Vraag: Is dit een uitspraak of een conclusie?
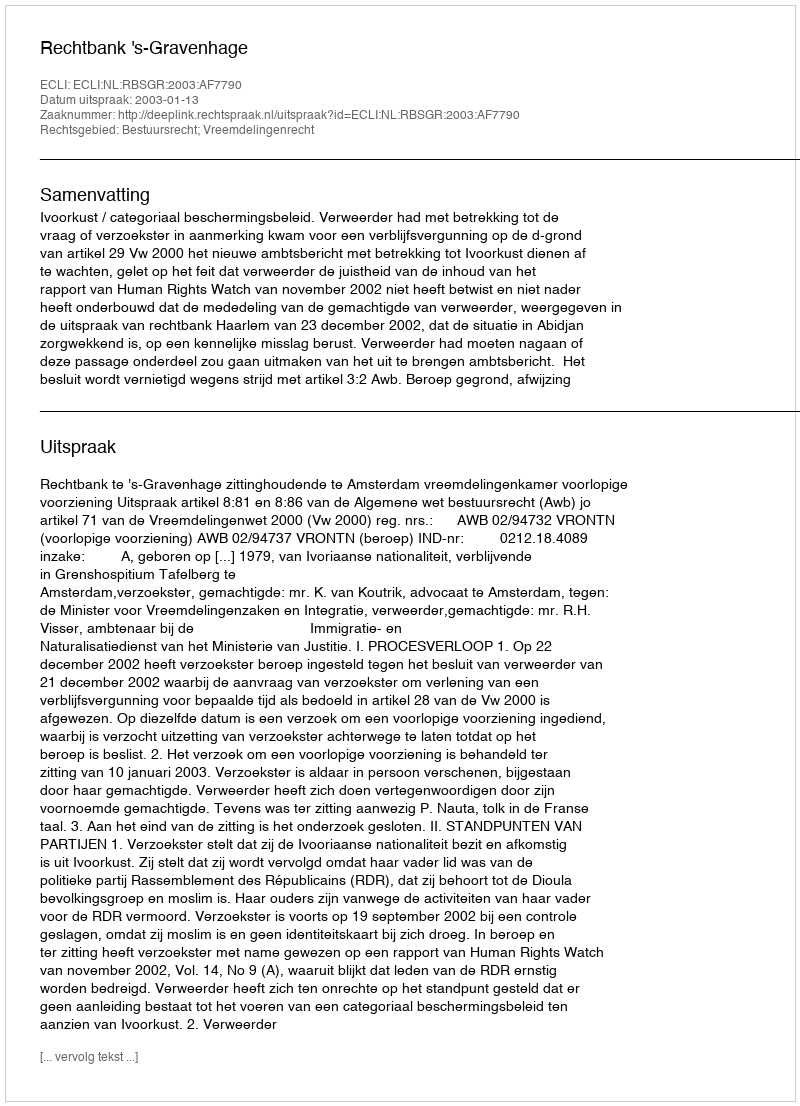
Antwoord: Uitspraak